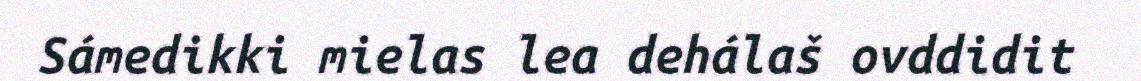
Sámedikki mielas lea dehálaš ovddidit